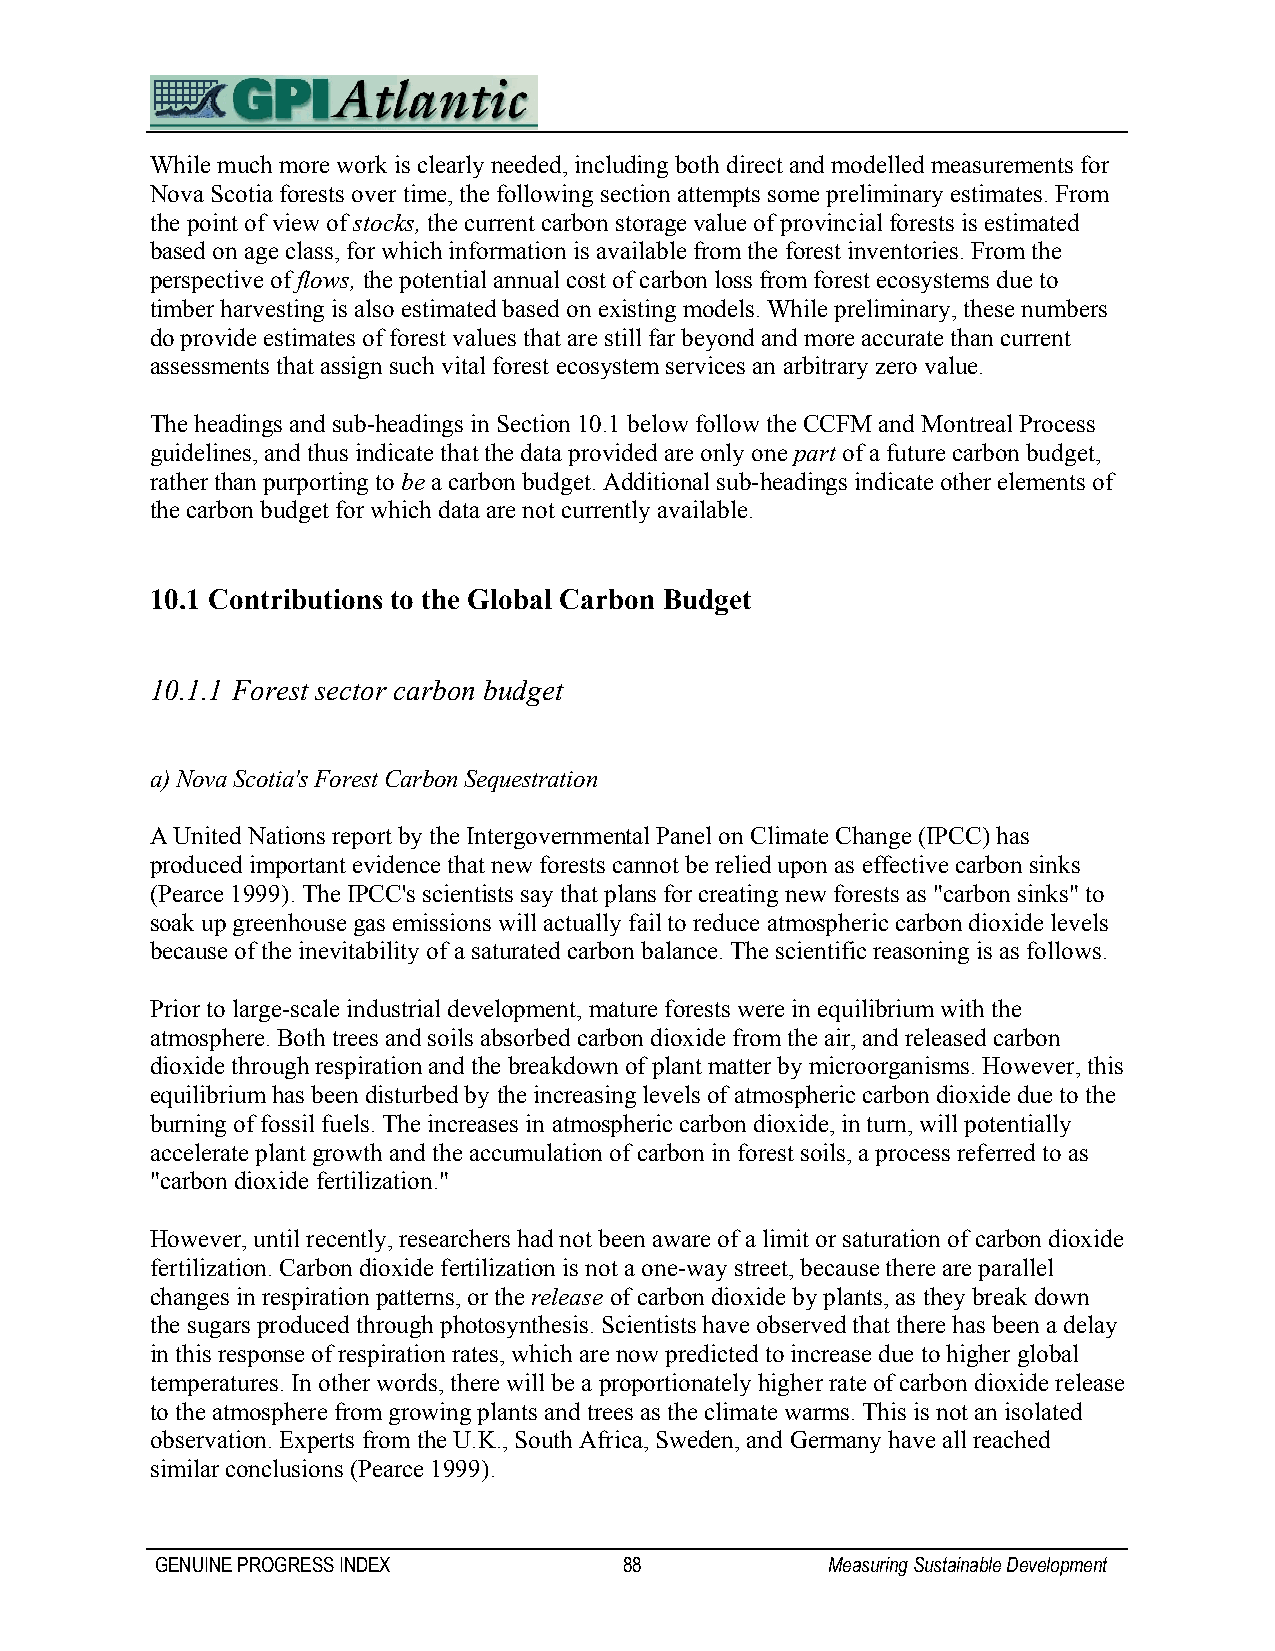
While much more work is clearly needed, including both direct and modelled measurements for
 Nova Scotia forests over time, the following section attempts some preliminary estimates. From
 the point of view of stocks, the current carbon storage value of provincial forests is estimated
 based on age class, for which information is available from the forest inventories. From the
 perspective of flows, the potential annual cost of carbon loss from forest ecosystems due to
 timber harvesting is also estimated based on existing models. While preliminary, these numbers
 do provide estimates of forest values that are still far beyond and more accurate than current
 assessments that assign such vital forest ecosystem services an arbitrary zero value.
 The headings and sub-headings in Section 10.1 below follow the CCFM and Montreal Process
 guidelines, and thus indicate that the data provided are only one part of a future carbon budget,
 rather than purporting to be a carbon budget. Additional sub-headings indicate other elements of
 the carbon budget for which data are not currently available.
 10.1 Contributions to the Global Carbon Budget
 10.1.1 Forest sector carbon budget
 a) Nova Scotia's Forest Carbon Sequestration
 A United Nations report by the Intergovernmental Panel on Climate Change (IPCC) has
 produced important evidence that new forests cannot be relied upon as effective carbon sinks
 (Pearce 1999). The IPCC's scientists say that plans for creating new forests as "carbon sinks" to
 soak up greenhouse gas emissions will actually fail to reduce atmospheric carbon dioxide levels
 because of the inevitability of a saturated carbon balance. The scientific reasoning is as follows.
 Prior to large-scale industrial development, mature forests were in equilibrium with the
 atmosphere. Both trees and soils absorbed carbon dioxide from the air, and released carbon
 dioxide through respiration and the breakdown of plant matter by microorganisms. However, this
 equilibrium has been disturbed by the increasing levels of atmospheric carbon dioxide due to the
 burning of fossil fuels. The increases in atmospheric carbon dioxide, in turn, will potentially
 accelerate plant growth and the accumulation of carbon in forest soils, a process referred to as
 "carbon dioxide fertilization."
 However, until recently, researchers had not been aware of a limit or saturation of carbon dioxide
 fertilization. Carbon dioxide fertilization is not a one-way street, because there are parallel
 changes in respiration patterns, or the release of carbon dioxide by plants, as they break down
 the sugars produced through photosynthesis. Scientists have observed that there has been a delay
 in this response of respiration rates, which are now predicted to increase due to higher global
 temperatures. In other words, there will be a proportionately higher rate of carbon dioxide release
 to the atmosphere from growing plants and trees as the climate warms. This is not an isolated
 observation. Experts from the U.K., South Africa, Sweden, and Germany have all reached
 similar conclusions (Pearce 1999).
 GENUINE PROGRESS INDEX         88            Measuring Sustainable Development